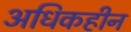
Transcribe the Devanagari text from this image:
अधिकहीन